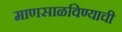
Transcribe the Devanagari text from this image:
माणसाळविण्याची